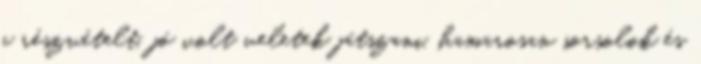
a részvételt, jó volt veletek játszani, hamarosan sorsolok és